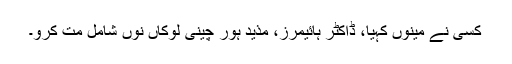
کسی نے مینوں کہیا، ڈاکٹر ہائیمرز، مذید ہُور چینی لوکاں نوں شامل مت کرو۔